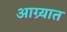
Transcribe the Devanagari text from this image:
आग्र्यात